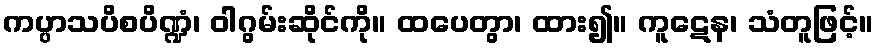
ကပ္ပာသပိစပိဏ္ဍံ၊ ဝါဂွမ်းဆိုင်ကို။ ထပေတွာ၊ ထား၍။ ကူဋေန၊ သံတူဖြင့်။